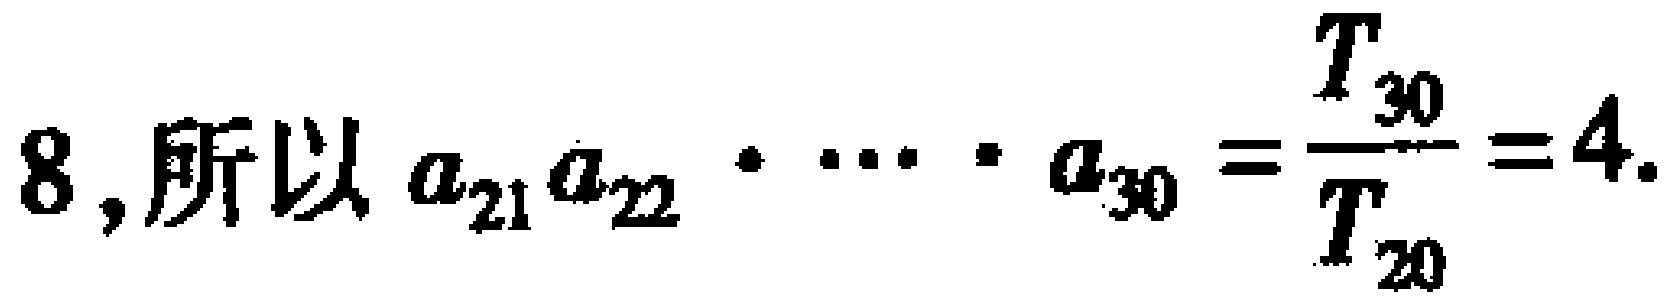
$8,所以\ a_{21}a_{22}\cdot\cdots\cdot a_{30}=\frac{T_{30}}{T_{20}} = 4.$